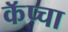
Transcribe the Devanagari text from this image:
कॅप्चा